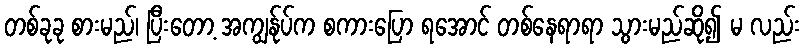
တစ်ခုခု စားမည်၊ ပြီးတော့ အကျွန်ုပ်က စကားပြော ရအောင် တစ်နေရာရာ သွားမည်ဆို၍ မ လည်း